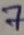
Text: 7